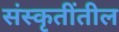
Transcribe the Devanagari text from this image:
संस्कृतींतील